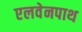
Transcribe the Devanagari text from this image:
एलवेनपाथ